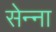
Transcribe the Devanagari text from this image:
सेन्‍ना